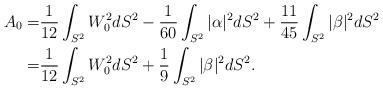
LaTeX: \begin{align*}A_0 =& \frac{1}{12} \int_{S^2} W_0^2 dS^2 -\frac{1}{60} \int _{S^2} |\alpha|^2 dS^2 + \frac{11}{45} \int _{S^2} |\beta|^2 dS^2\\=& \frac{1}{12} \int_{S^2} W_0^2 dS^2 + \frac{1}{9} \int _{S^2} |\beta|^2 dS^2.\end{align*}